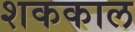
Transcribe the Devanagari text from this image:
शककाल